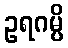
ဥရဂမ္ပိ